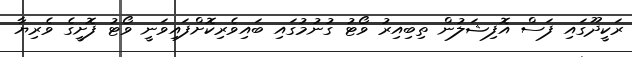
ރަކީދޫގައި ފަސް އޮފިޝަލުން ތިބިއިރު ވޯޓު ގުނުމުގައި ބައިވެރިކޮށްފައިވަނީ ވޯޓު ފޮށީގެ ވެރިޔާ